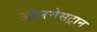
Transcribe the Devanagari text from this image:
ओलमेसट्रान